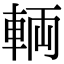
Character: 輌